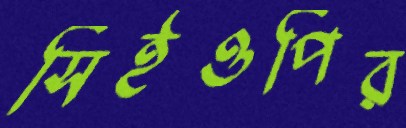
সিইওপির